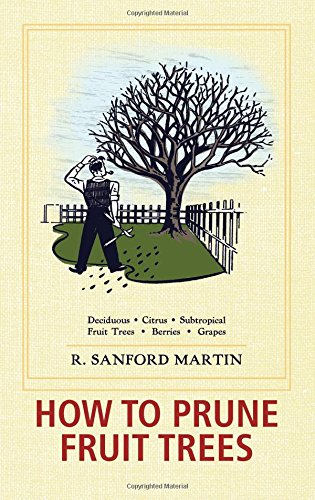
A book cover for How to Prune Fruit Trees, Twentieth Edition; R. Sanford Martin; Crafts, Hobbies & Home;